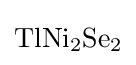
{\ce {TlNi2Se2}}